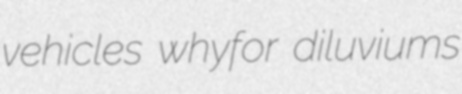
vehicles whyfor diluviums